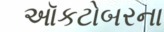
ઑકટોબરના